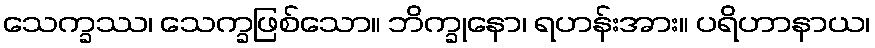
သေက္ခဿ၊ သေက္ခဖြစ်သော။ ဘိက္ခုနော၊ ရဟန်းအား။ ပရိဟာနာယ၊